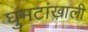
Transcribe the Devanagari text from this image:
घुमटांखाली